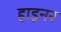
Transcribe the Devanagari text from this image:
हाइनर